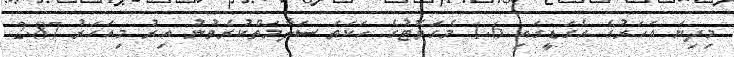
މިދިޔަ އަހަރުގެ އެގަޑީގައި 1.6 މެގަވޮޓުގެ ހަކަތަ ސަލާމަތްކުރެވުނު އިރު މިއަހަރު 2.87